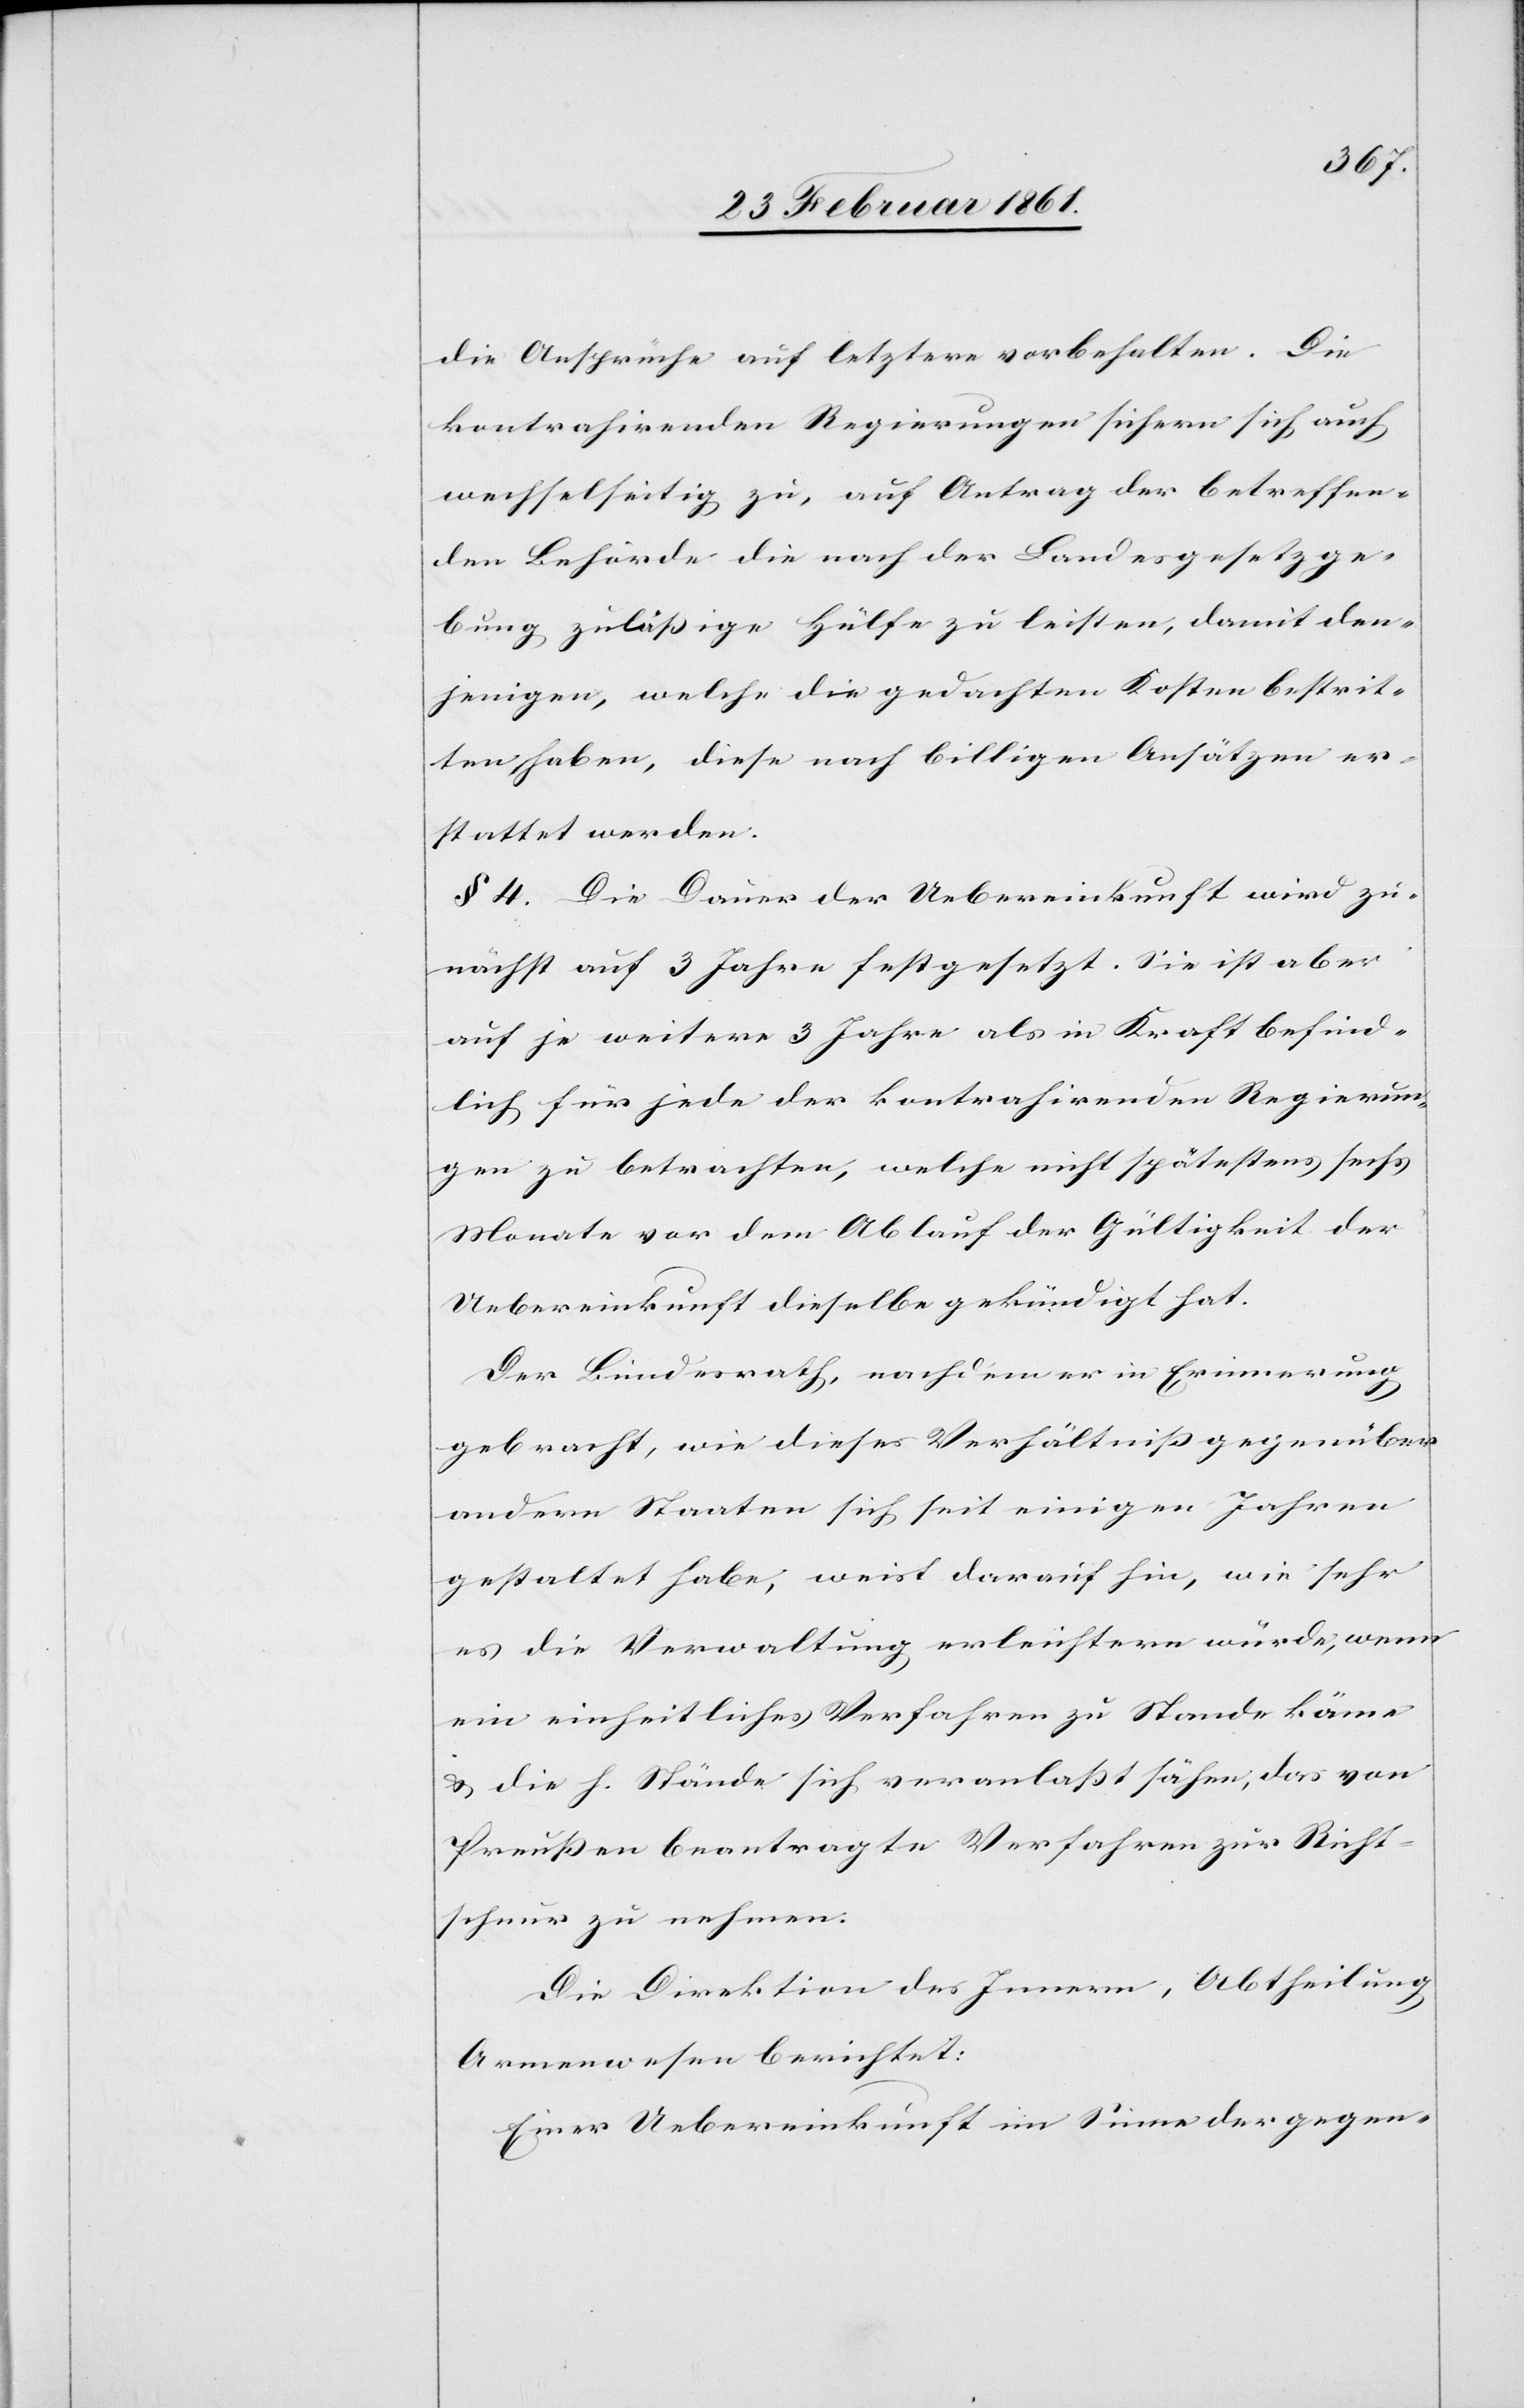
die Ansprüche auf letztere vorbehalten. Die
kontrahirenden Regierungen sichern sich auch
wechselseitig zu, auf Antrag der betreffen¬
den Behörde die nach der Landesgesetzge¬
bung zulässige Hülfe zu leisten, damit den¬
jenigen, welche die gedachten Kosten bestrit¬
ten haben, diese nach billigen Ansätzen er¬
stattet werden.
§. 4. Die Dauer der Uebereinkunft wird zu¬
nächst auf 3 Jahre festgesetzt. Sie ist aber
auf je weitere 3 Jahre als in Kraft befind¬
lich für jede der kontrahirenden Regierun¬
gen zu betrachten, welche nicht spätestens sechs
Monate vor dem Ablauf der Gültigkeit der
Uebereinkunft dieselbe gekündigt hat.
Der Bundesrath, nachdem er in Erinnerung
gebracht, wie dieses Verhältniss gegenüber
andern Staaten sich seit einigen Jahren
gestaltet habe, weist darauf hin, wie sehr
es die Verwaltung erleichtern würde, wenn
ein einheitliches Verfahren zu Stande käme
u. die h. Stände sich veranlasst sähen, das von
Preussen beantragte Verfahren zur Richte¬
rschnur zu nehmen.
Die Direktion des Innern, Abtheilung
Armenwesen berichtet:
Einer Uebereinkunft im Sinne der gegen-